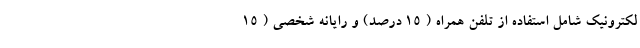
لکترونیک شامل استفاده از تلفن همراه ( ۱۵ درصد) و رایانه شخصی ( ۱۵